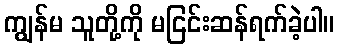
ကျွန်မ သူတို့ကို မငြင်းဆန်ရက်ခဲ့ပါ။